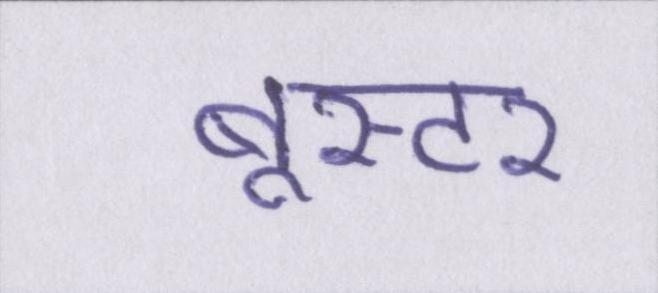
बूस्टर